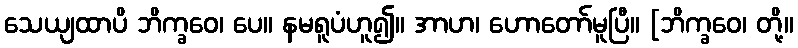
သေယျထာပိ ဘိက္ခဝေ၊ ပေ။ နမရူပံဟူ၍။ အာဟ၊ ဟောတော်မူပြီ။ [ဘိက္ခဝေ၊ တို့။